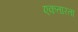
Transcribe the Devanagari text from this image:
एकतारता